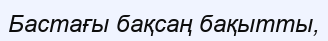
Бастағы бақсаң бақытты,